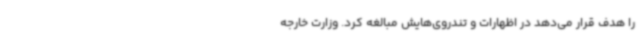
را هدف قرار می‌دهد در اظهارات و تندروی‌هایش مبالغه کرد. وزارت خارجه